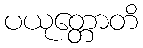
ပယုတ္တောတိ